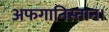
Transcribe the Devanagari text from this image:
अफगानिस्तान।